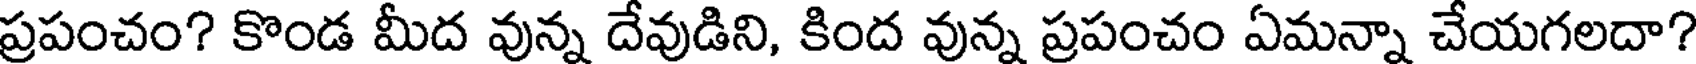
ప్రపంచం? కొండ మీద వున్న దేవుడిని, కింద వున్న ప్రపంచం ఏమన్నా చేయగలదా?